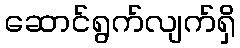
ဆောင်ရွက်လျက်ရှိ